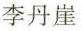
李丹崖